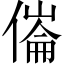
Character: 𠍓